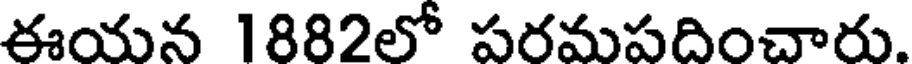
ఈయన 1882లో పరమపదించారు.